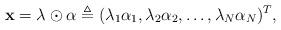
LaTeX: \begin{align*}\mathbf{x} = \mathbf{\lambda}\odot \mathbf{\alpha} \triangleq (\lambda_1\alpha_1,\lambda_2\alpha_2,\ldots,\lambda_N\alpha_N)^T,\end{align*}